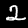
Label: 2